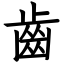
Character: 齒